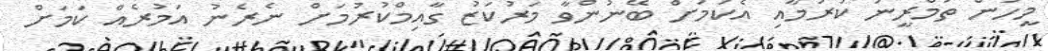
މީހުން ތަމްރީނު ކުރުމާއި އެކަމަށް ބޭނުންވާ މަރުކަޒު ގާއިމްކުރުމަށް ނެރެނު އަމުރެއް ކަމަށް